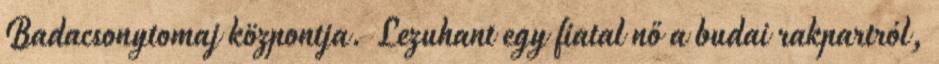
Badacsonytomaj központja. Lezuhant egy fiatal nő a budai rakpartról,